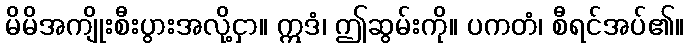
မိမိအကျိုးစီးပွားအလို့ငှာ။ ဣဒံ၊ ဤဆွမ်းကို။ ပကတံ၊ စီရင်အပ်၏။